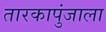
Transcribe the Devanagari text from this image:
तारकापुंजाला